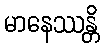
မာနေဿန္တိ